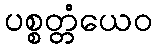
ပစ္စတ္တံယေဝ